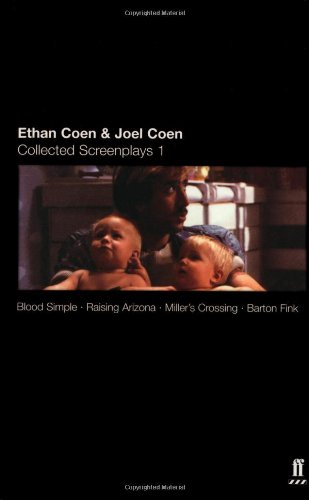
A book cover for Ethan Coen and Joel Coen: Collected Screenplays 1: Blood Simple, Raising Arizona, Miller's Crossing, Barton Fink; Ethan Coen; Humor & Entertainment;